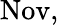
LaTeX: \operatorname{Nov},